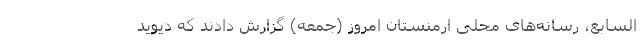
السابع، رسانه‌های محلی ارمنستان امروز (جمعه) گزارش دادند که دیوید